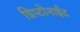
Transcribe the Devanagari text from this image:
ग्रिप्टोनाईट